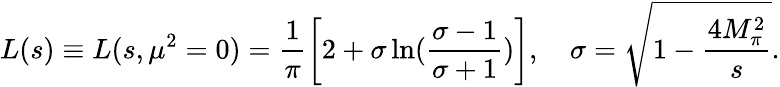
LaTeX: L(s)\equiv L(s,\mu^{2}=0)=\frac{1}{\pi}\left[2+\sigma\ln(\frac{\sigma-1}{\sigma+1})\right],~~~~\sigma=\sqrt{1-\frac{4M_{\pi}^{2}}{s}}.